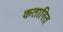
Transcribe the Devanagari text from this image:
कतारित